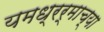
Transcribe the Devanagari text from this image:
यमध्रर्माच्या